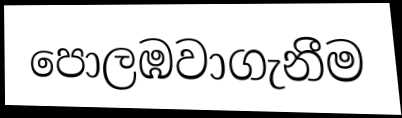
පොලඹවාගැනීම